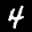
Label: 4